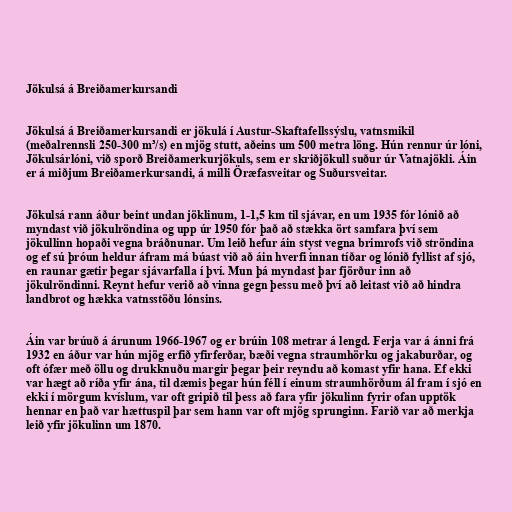
Jökulsá á Breiðamerkursandi

Jökulsá á Breiðamerkursandi er jökulá í Austur-Skaftafellssýslu, vatnsmikil
(meðalrennsli 250-300 m³/s) en mjög stutt, aðeins um 500 metra löng. Hún rennur úr lóni,
Jökulsárlóni, við sporð Breiðamerkurjökuls, sem er skriðjökull suður úr Vatnajökli. Áin
er á miðjum Breiðamerkursandi, á milli Öræfasveitar og Suðursveitar.

Jökulsá rann áður beint undan jöklinum, 1-1,5 km til sjávar, en um 1935 fór lónið að
myndast við jökulröndina og upp úr 1950 fór það að stækka ört samfara því sem
jökullinn hopaði vegna bráðnunar. Um leið hefur áin styst vegna brimrofs við ströndina
og ef sú þróun heldur áfram má búast við að áin hverfi innan tíðar og lónið fyllist af sjó,
en raunar gætir þegar sjávarfalla í því. Mun þá myndast þar fjörður inn að
jökulröndinni. Reynt hefur verið að vinna gegn þessu með því að leitast við að hindra
landbrot og hækka vatnsstöðu lónsins.

Áin var brúuð á árunum 1966-1967 og er brúin 108 metrar á lengd. Ferja var á ánni frá
1932 en áður var hún mjög erfið yfirferðar, bæði vegna straumhörku og jakaburðar, og
oft ófær með öllu og drukknuðu margir þegar þeir reyndu að komast yfir hana. Ef ekki
var hægt að ríða yfir ána, til dæmis þegar hún féll í einum straumhörðum ál fram í sjó en
ekki í mörgum kvíslum, var oft gripið til þess að fara yfir jökulinn fyrir ofan upptök
hennar en það var hættuspil þar sem hann var oft mjög sprunginn. Farið var að merkja
leið yfir jökulinn um 1870.